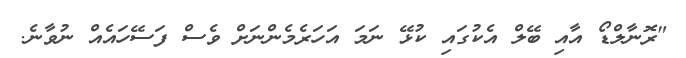
"ރޮނާލްޑޯ އާއި ބޭލް އެކުގައި ކުޅޭ ނަމަ އަހަރެމެންނަށް ވެސް ފަސޭހައެއް ނުވާނެ.